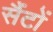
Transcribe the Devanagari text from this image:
सैंटों